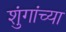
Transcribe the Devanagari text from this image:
शुंगांच्या